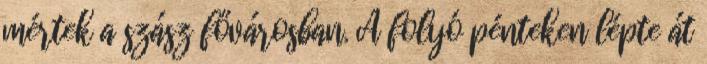
mértek a szász fővárosban. A folyó pénteken lépte át